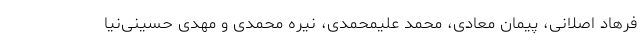
فرهاد اصلانی، پیمان معادی، محمد علیمحمدی، نیره محمدی و مهدی حسینی‌نیا